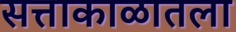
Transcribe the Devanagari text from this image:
सत्ताकाळातला